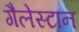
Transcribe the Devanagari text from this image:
गैलेस्टान